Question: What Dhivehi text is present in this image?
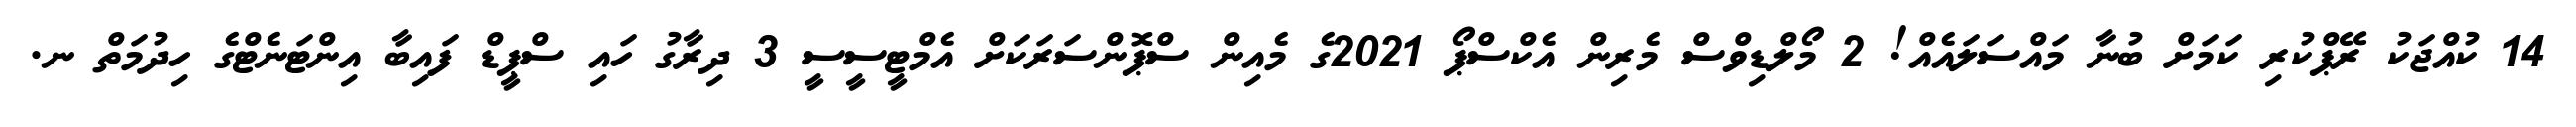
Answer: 14 ކުއްޖަކު ރޭޕްކުރި ކަމަށް ބުނާ މައްސަލައެއް! 2 މޯލްޑިވްސް މެރިން އެކްސްޕޯ 2021ގެ މެއިން ސްޕޮންސަރަކަށް އެމްޓީސީސީ 3 ދިރާގު ހައި ސްޕީޑް ފައިބާ އިންޓަނެޓްގެ ހިދުމަތް ނ.